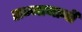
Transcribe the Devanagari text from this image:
सन्मानानी